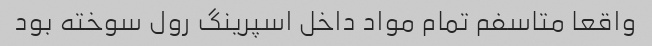
واقعا متاسفم تمام مواد داخل اسپرینگ رول سوخته بود